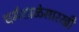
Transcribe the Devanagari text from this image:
धर्मशाळेसारखी